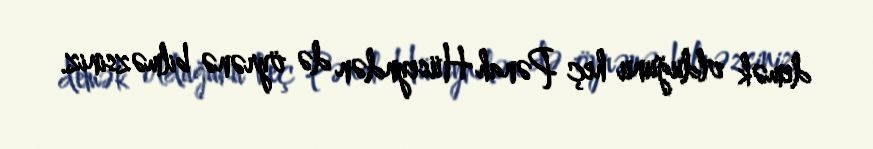
demək olduğunu heç Pənah Hüseyndən də öyrənə bilməzsiniz.